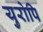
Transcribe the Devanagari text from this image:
युरोपि